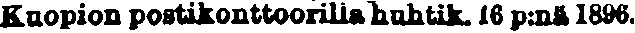
Kuopion postikonttoorilla huhtik. 16 p:niä 1896.